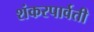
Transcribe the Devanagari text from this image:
शंकरपार्वती